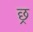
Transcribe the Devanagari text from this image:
छ्र